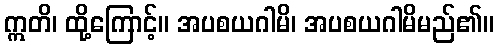
ဣတိ၊ ထို့ကြောင့်။ အပစယဂါမိ၊ အပစယဂါမိမည်၏။